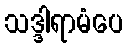
သဒ္ဒါရာမံပေ